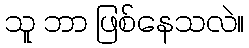
သူ ဘာ ဖြစ်နေသလဲ။